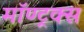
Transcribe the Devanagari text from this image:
मॉण्ट्रक्स